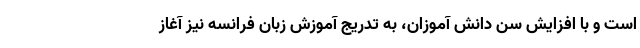
است و با افزایش سن دانش آموزان، به تدریج آموزش زبان فرانسه نیز آغاز